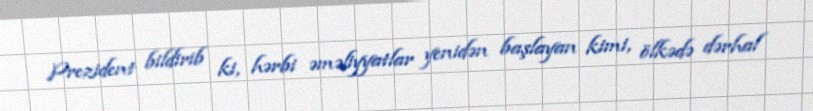
Prezident bildirib ki, hərbi əməliyyatlar yenidən başlayan kimi, ölkədə dərhal